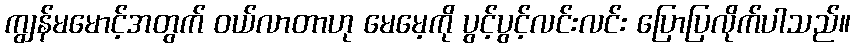
ကျွန်မမောင့်အတွက် ဝယ်လာတာဟု မေမေ့ကို ပွင့်ပွင့်လင်းလင်း ပြောပြလိုက်ပါသည်။